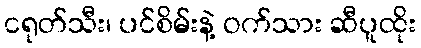
ငရုတ်သီး၊ ပင်စိမ်းနဲ့ ဝက်သား ဆီပူထိုး